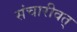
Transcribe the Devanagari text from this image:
संचारीवत्